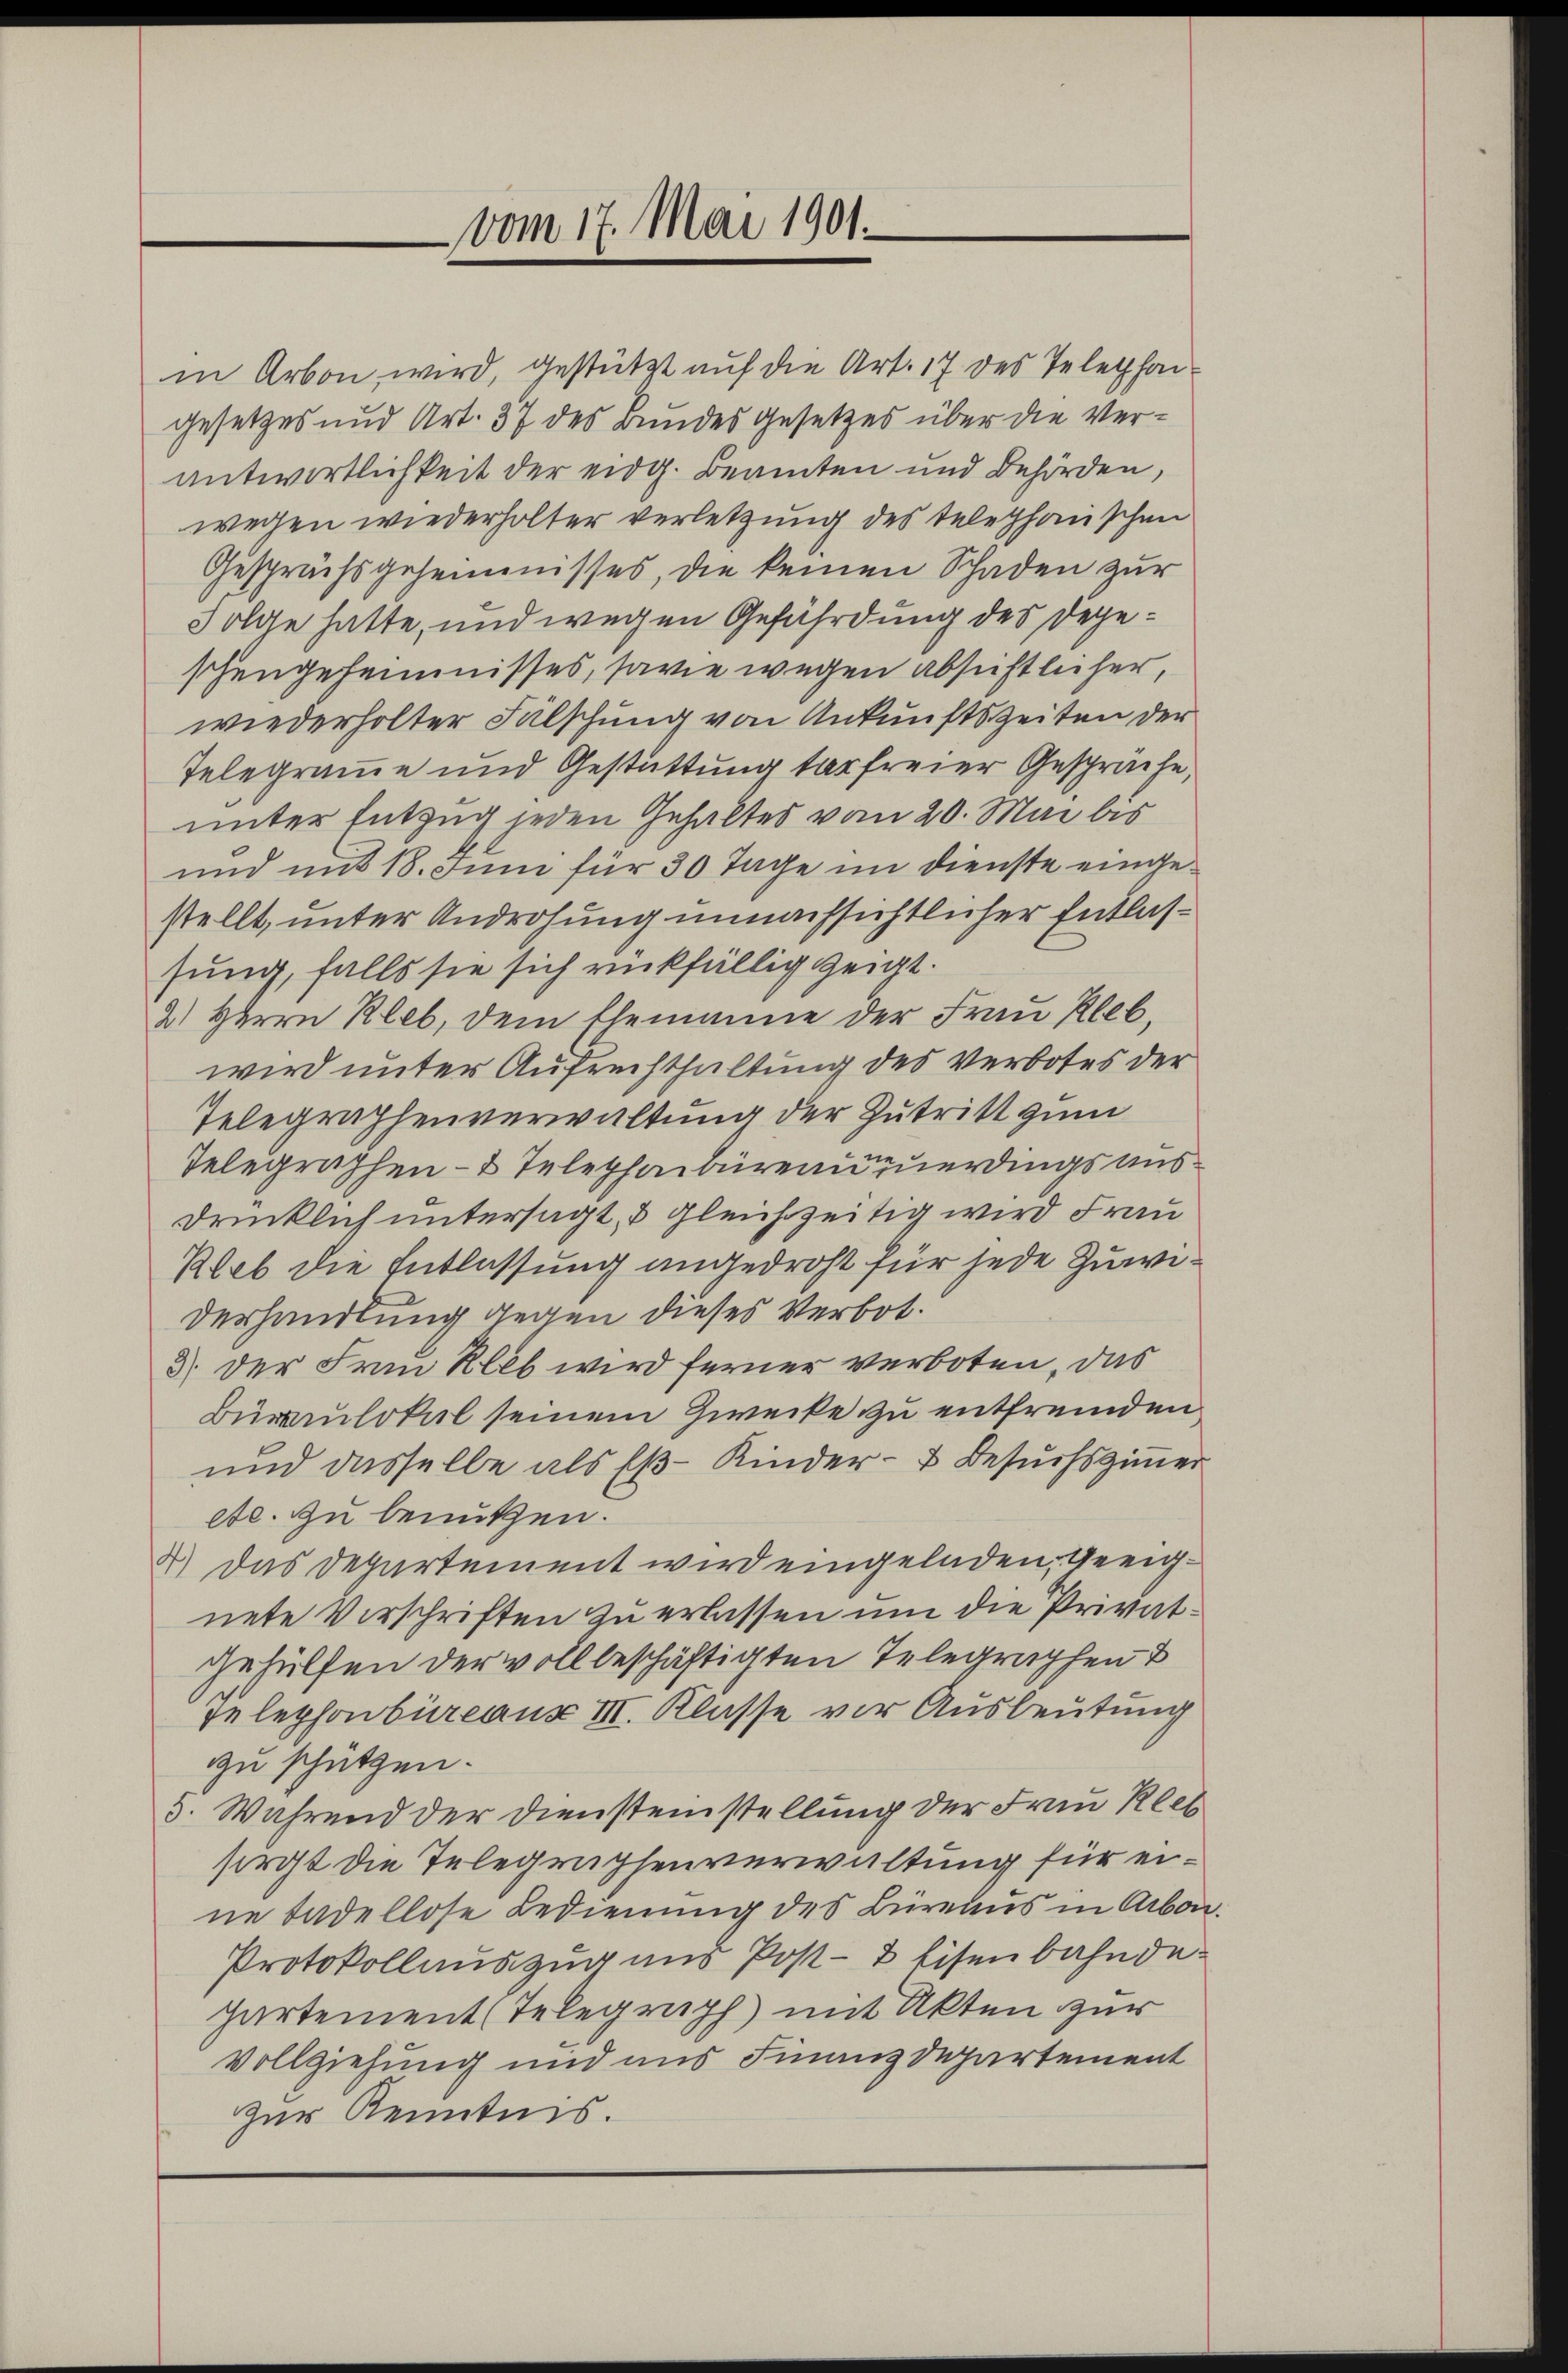
vom 17. Mai 1901.

in Arbon, wird, gestützt auf die Art. 17 des Telethangesetzes und Art. 37 des Bundes Gesetzes über die Verantwortlichkeit der eidg. Beamten und Behörden,
wegen wiederholter verletzung des telephonischen
Gesprächsgeheimisses, die keinen Schaden zur
Folge hatte, und wegen Gefährdung des Degeschengeheimnisses, sowie wegen absichtlicher,
wiederholter Fälschung von Ankunftszeiten der
Telegramme und Gestüttung tarfreier Gespräche,
unter Entzug jeden Gehaltes vom 20. Mai bis
und mit 18. Juni für 30 Tage im Dienste eingestellt, unter Androhung unnachsichtlicher Entlassung, falls sie sich rückfällig zeigt.
2) Herrn Rleb, dem Ehemanne der Frau Klebwird unter Aufrechthaltung des Verbotes der
Telegraphenverwaltung der Zutritt zum
Telegraphen- & Telephaiureau teuerdings ausdrücklich untersagt, & gleichzeitig wird Frau
Rleb die Entlassung angedroht für jede Zuwiderhandlung gegen dieses Verbot.
3) der Frau Rleb wird ferner verboten, das
Burulokal seinem Zwecke zu entfremden
und dasselbe als Eβ-Kinder- & Besuchszimmer
etc. zu benutzen.
4.) Das Departement wird eingeladen, geeignete Verschriften zu erlassen um die Privatgehülfen der voll beschäftigten Telegraphen
Telephonbureaus III. Klasse vor Ausbeutung
zu schützen.
5. Während der Diensteinstellung der Frau Klet
sorgt die Telegraphenverwaltung für eine tadellose Bedienung des Büreaus in Arbon.
Protokollauszug uns Post- & Eisenbahnde.
Partement (Telegraph mit Akten zur
Vollziehung und ans Finanzdepartement
zur Kenntnis.